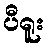
ပီရူး